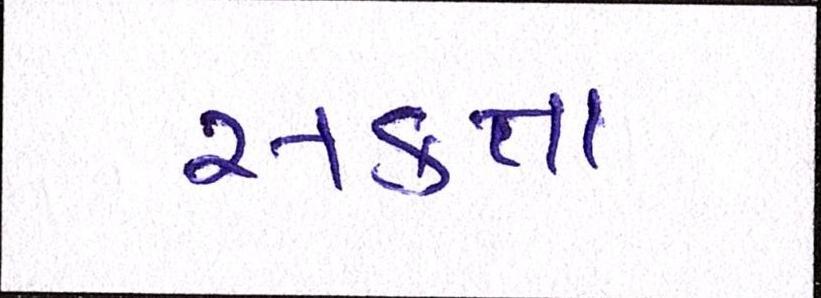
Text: સકતા